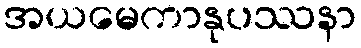
အယမေကာနုပဿနာ